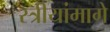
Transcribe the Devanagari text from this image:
स्त्रीयांमागे